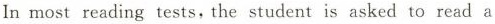
In most reading tests, the student is asked to read a